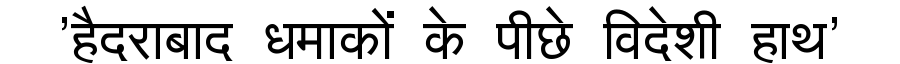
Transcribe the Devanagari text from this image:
'हैदराबाद धमाकों के पीछे विदेशी हाथ'